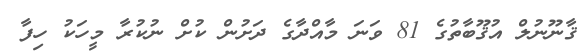
ޤާނޫނުލް އުޤޫބާތުގެ 81 ވަނަ މާއްދާގެ ދަށުން ކުށް ނުކުރާ މީހަކު ހިފާ